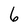
Character: 6